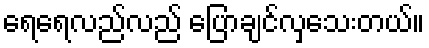
ရေရေလည်လည် ပြောချင်လှသေးတယ်။